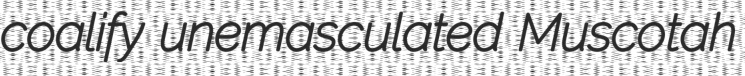
coalify unemasculated Muscotah